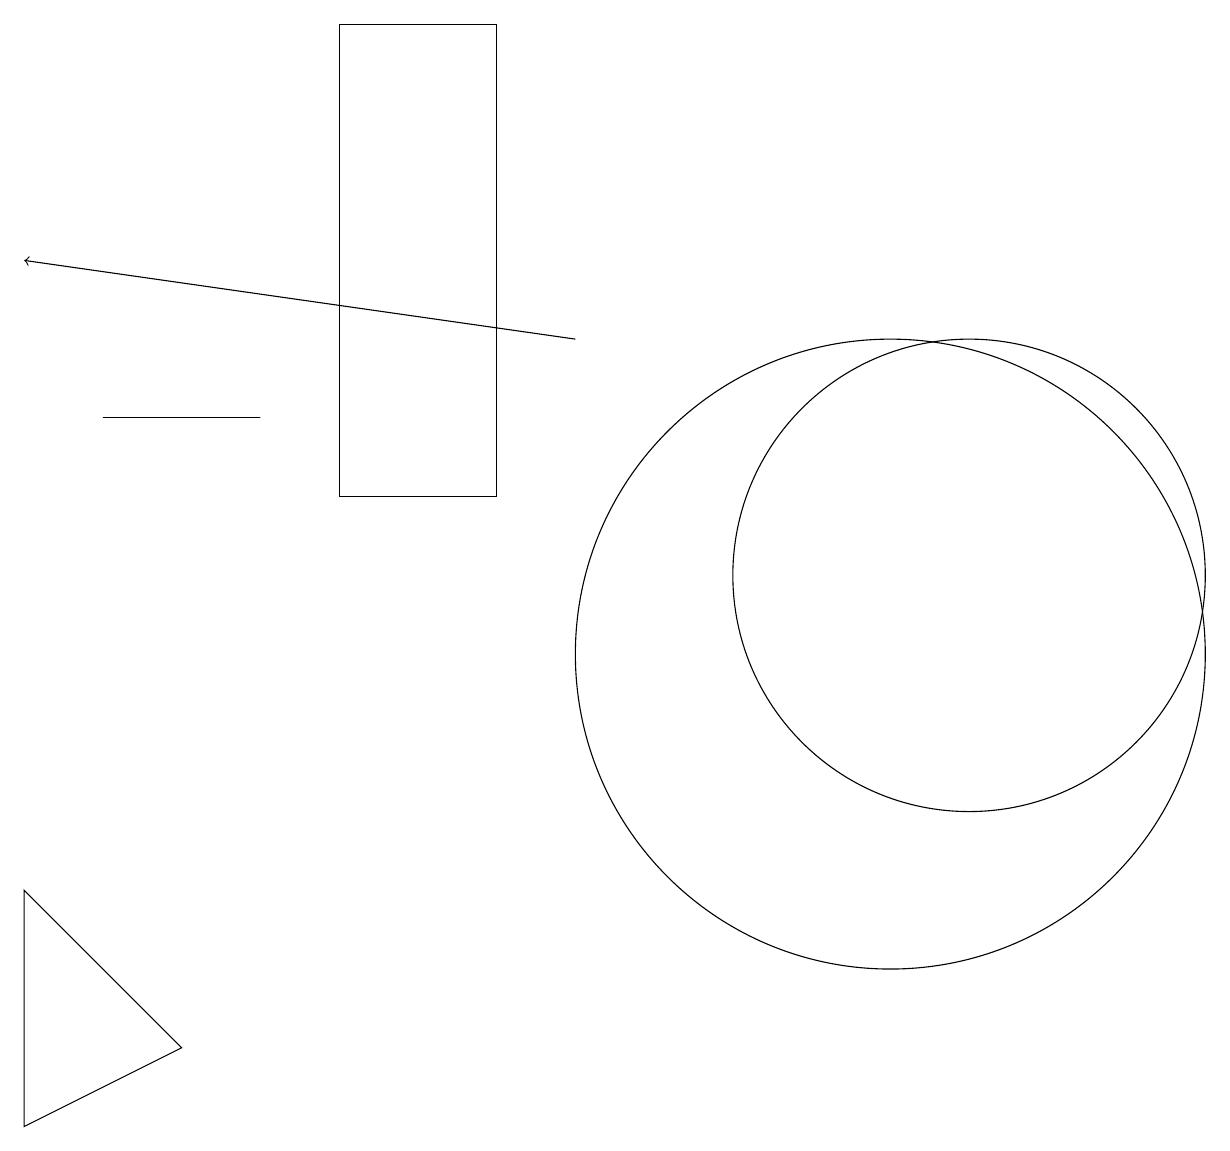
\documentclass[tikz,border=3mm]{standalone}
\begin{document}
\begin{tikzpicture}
\draw (0,7) -- (2,5) -- (0,4) -- cycle;
\draw (11,10) circle (4);
\draw (3,13) rectangle (1,13);
\draw[->] (7,14) -- (0,15);
\draw (4,18) rectangle (6,12);
\draw (10,11) circle (0);
\draw (12,11) circle (3);
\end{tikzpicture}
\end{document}